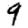
Digit: 9